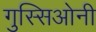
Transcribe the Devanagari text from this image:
गुस्सिओनी